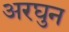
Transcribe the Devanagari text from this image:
अरघुन